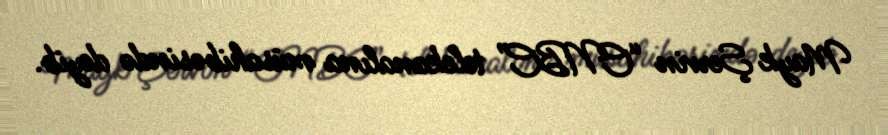
Mayk Şervin “CNBC” telekanalına müsahibəsində deyib.